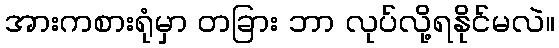
အားကစားရုံမှာ တခြား ဘာ လုပ်လို့ရနိုင်မလဲ။